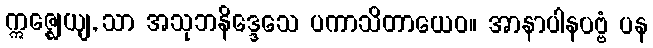
ဣဇ္ဈေယျ, သာ အသုဘနိဒ္ဒေသေ ပကာသိတာယေဝ။ အာနာပါနပဗ္ဗံ ပန